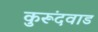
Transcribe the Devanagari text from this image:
कुरूंदवाड